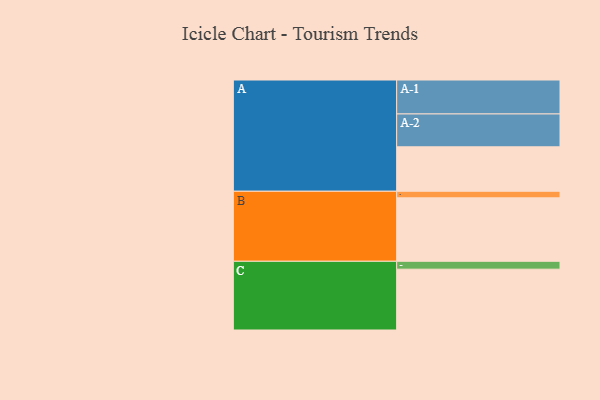
{"axis": {"x": "Segment", "y": "Value"}, "legend": ["", "A", "B", "C"], "data": [{"x": "A", "y": 372, "type": ""}, {"x": "B", "y": 531, "type": ""}, {"x": "C", "y": 509, "type": ""}, {"x": "A-1", "y": 284, "type": "A"}, {"x": "A-2", "y": 275, "type": "A"}, {"x": "B-1", "y": 55, "type": "B"}, {"x": "C-1", "y": 66, "type": "C"}]}